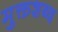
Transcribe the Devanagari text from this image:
मुक्तशब्द